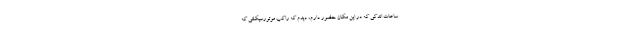
ساعات اندکی که در این مکان حضور دارم، دیدم که راکب موتورسیکلتی که